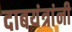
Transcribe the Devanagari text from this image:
दाबयंत्रांनी